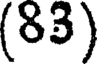
(83)